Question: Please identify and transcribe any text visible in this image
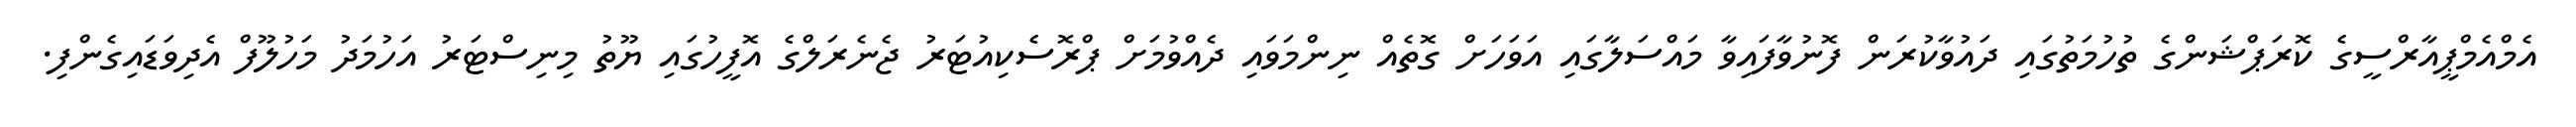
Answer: އެމްއެމްޕީއާރްސީގެ ކޮރަޕްޝަންގެ ތުހުމަތުގައި ދައުވާކުރަން ފޮނުވާފައިވާ މައްސަލާގައި އަވަހަށް ގޮތެއް ނިންމަވައި ދެއްވުމަށް ޕްރޮސެކިއުޓަރު ޖެނެރަލްގެ އޮފީހުގައި ޔޫތު މިނިސްޓަރު އަހުމަދު މަހުލޫފް އެދިވަޑައިގެންފި.